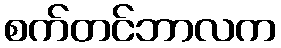
စက်တင်ဘာလက